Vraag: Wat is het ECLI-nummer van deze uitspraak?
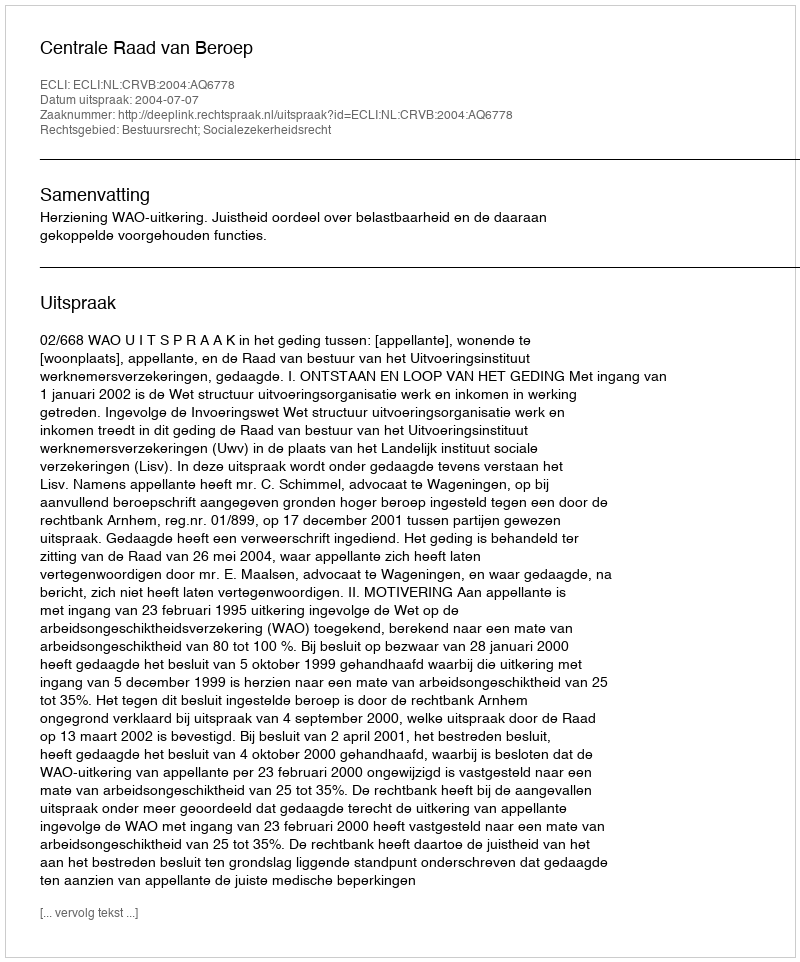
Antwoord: ECLI:NL:CRVB:2004:AQ6778